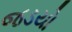
જડયો